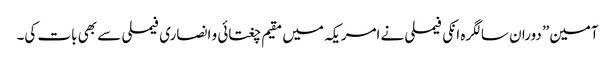
آمین” دوران سالگرہ انکی فیملی نے امریکہ میں مقیم چغتائی و انصاری فیملی سے بھی بات کی۔